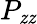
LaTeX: P_{\mathit{z}\mathit{z}}